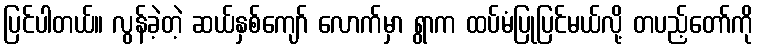
ပြင်ပါတယ်။ လွန်ခဲ့တဲ့ ဆယ်နှစ်ကျော် လောက်မှာ ရွာက ထပ်မံပြုပြင်မယ်လို့ တပည့်တော်ကို